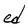
Character: d